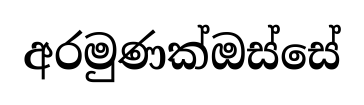
අරමුණක්ඔස්සේ